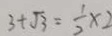
3 + \sqrt { 3 } = \frac { 1 } { 2 } x